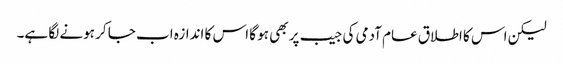
لیکن اس کا اطلاق عام آدمی کی جیب پر بھی ہو گا اس کا اندازہ اب جا کر ہونے لگا ہے۔